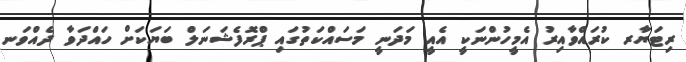
ރިޓަޔާރ ކުރައްވާއިރު އެމީހުންނަކީ އެއީ މަދަނީ މަސައްކަތުގައި ޕްރޮފެޝަނަލް ބަޔަކަށް ހައްދަވާ ދެއްވަނ